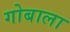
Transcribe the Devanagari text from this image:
गोबाला